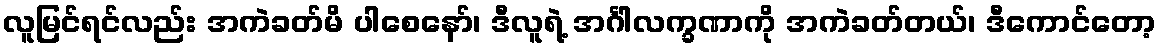
လူမြင်ရင်လည်း အကဲခတ်မိ ပါစေနော်၊ ဒီလူရဲ့ အင်္ဂါလက္ခဏာကို အကဲခတ်တယ်၊ ဒီကောင်တော့